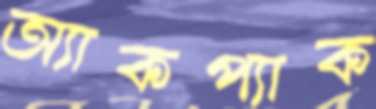
অ্যাকপ্যাক